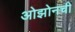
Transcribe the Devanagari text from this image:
ओझोनची